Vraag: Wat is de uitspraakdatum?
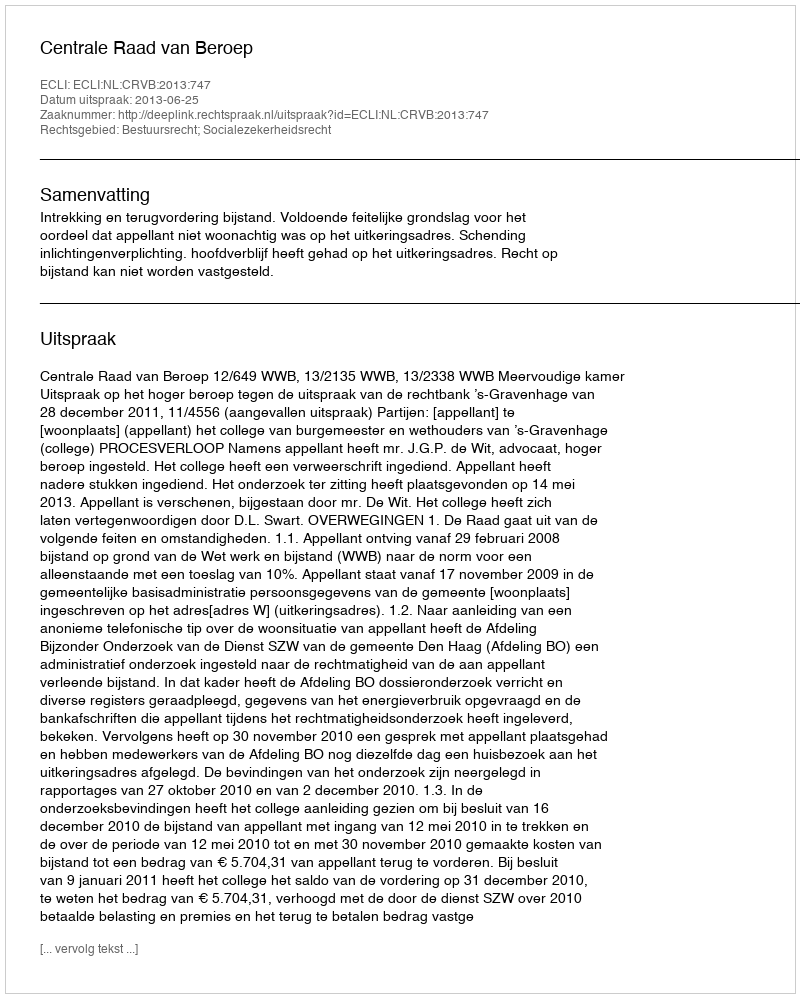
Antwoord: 2013-06-25